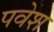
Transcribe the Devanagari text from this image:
पवेश